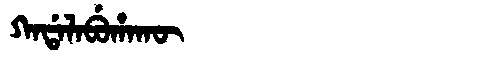
Manchu: ᡴᠠᡩᠠᠯᠠᠪᡠᡥᠠᡴᡡ
Romanization: KADALABUHAKŪ